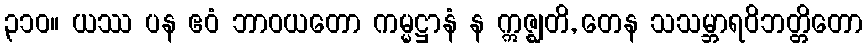
၃၁၀။ ယဿ ပန ဧဝံ ဘာဝယတော ကမ္မဋ္ဌာနံ န ဣဇ္ဈတိ, တေန သသမ္ဘာရဝိဘတ္တိတော